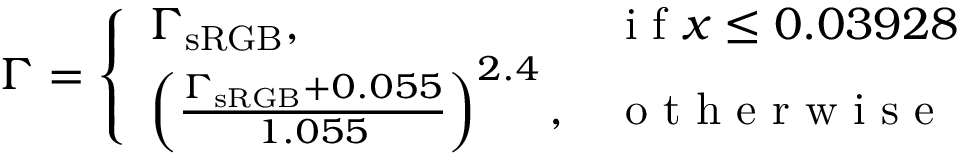
\Gamma = \left\{ \begin{array} { l l } { \Gamma _ { \mathrm { s R G B } } , } & { \mathrm { ~ i ~ f ~ } x \leq 0 . 0 3 9 2 8 } \\ { \left( \frac { \Gamma _ { \mathrm { s R G B } } + 0 . 0 5 5 } { 1 . 0 5 5 } \right) ^ { 2 . 4 } , } & { \mathrm { ~ o ~ t ~ h ~ e ~ r ~ w ~ i ~ s ~ e ~ } } \end{array} \right.